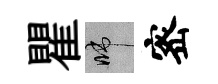
瞿啼宻